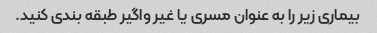
بیماری زیر را به عنوان مسری یا غیر واگیر طبقه بندی کنید.